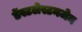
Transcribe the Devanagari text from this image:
डेंस्टलेस्टनजेन